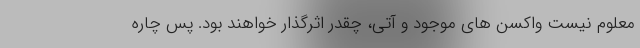
معلوم نیست واکسن های موجود و آتی، چقدر اثرگذار خواهند بود. پس چاره